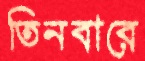
তিনবারে